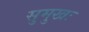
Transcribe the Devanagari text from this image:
सुमुखः